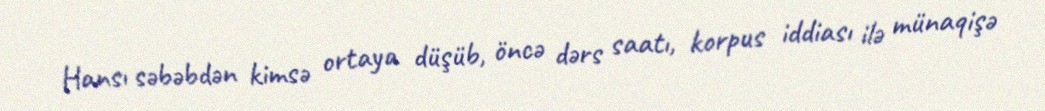
Hansı səbəbdən kimsə ortaya düşüb, öncə dərs saatı, korpus iddiası ilə münaqişə